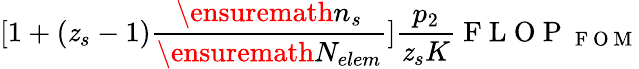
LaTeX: [1+(\mathit{z}_{s}-1)\frac{{\ensuremath{{n_{s}}}}}{{\ensuremath{{N_{elem}}}}}]\frac{{p_{2}}}{{\mathit{z}_{s}K}}\mathrm{{~F~L~O~P~}}_{\mathrm{{~F~O~M~}}}